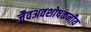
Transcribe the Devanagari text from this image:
जैवअवशोषकनीय